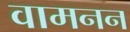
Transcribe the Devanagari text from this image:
वामनन